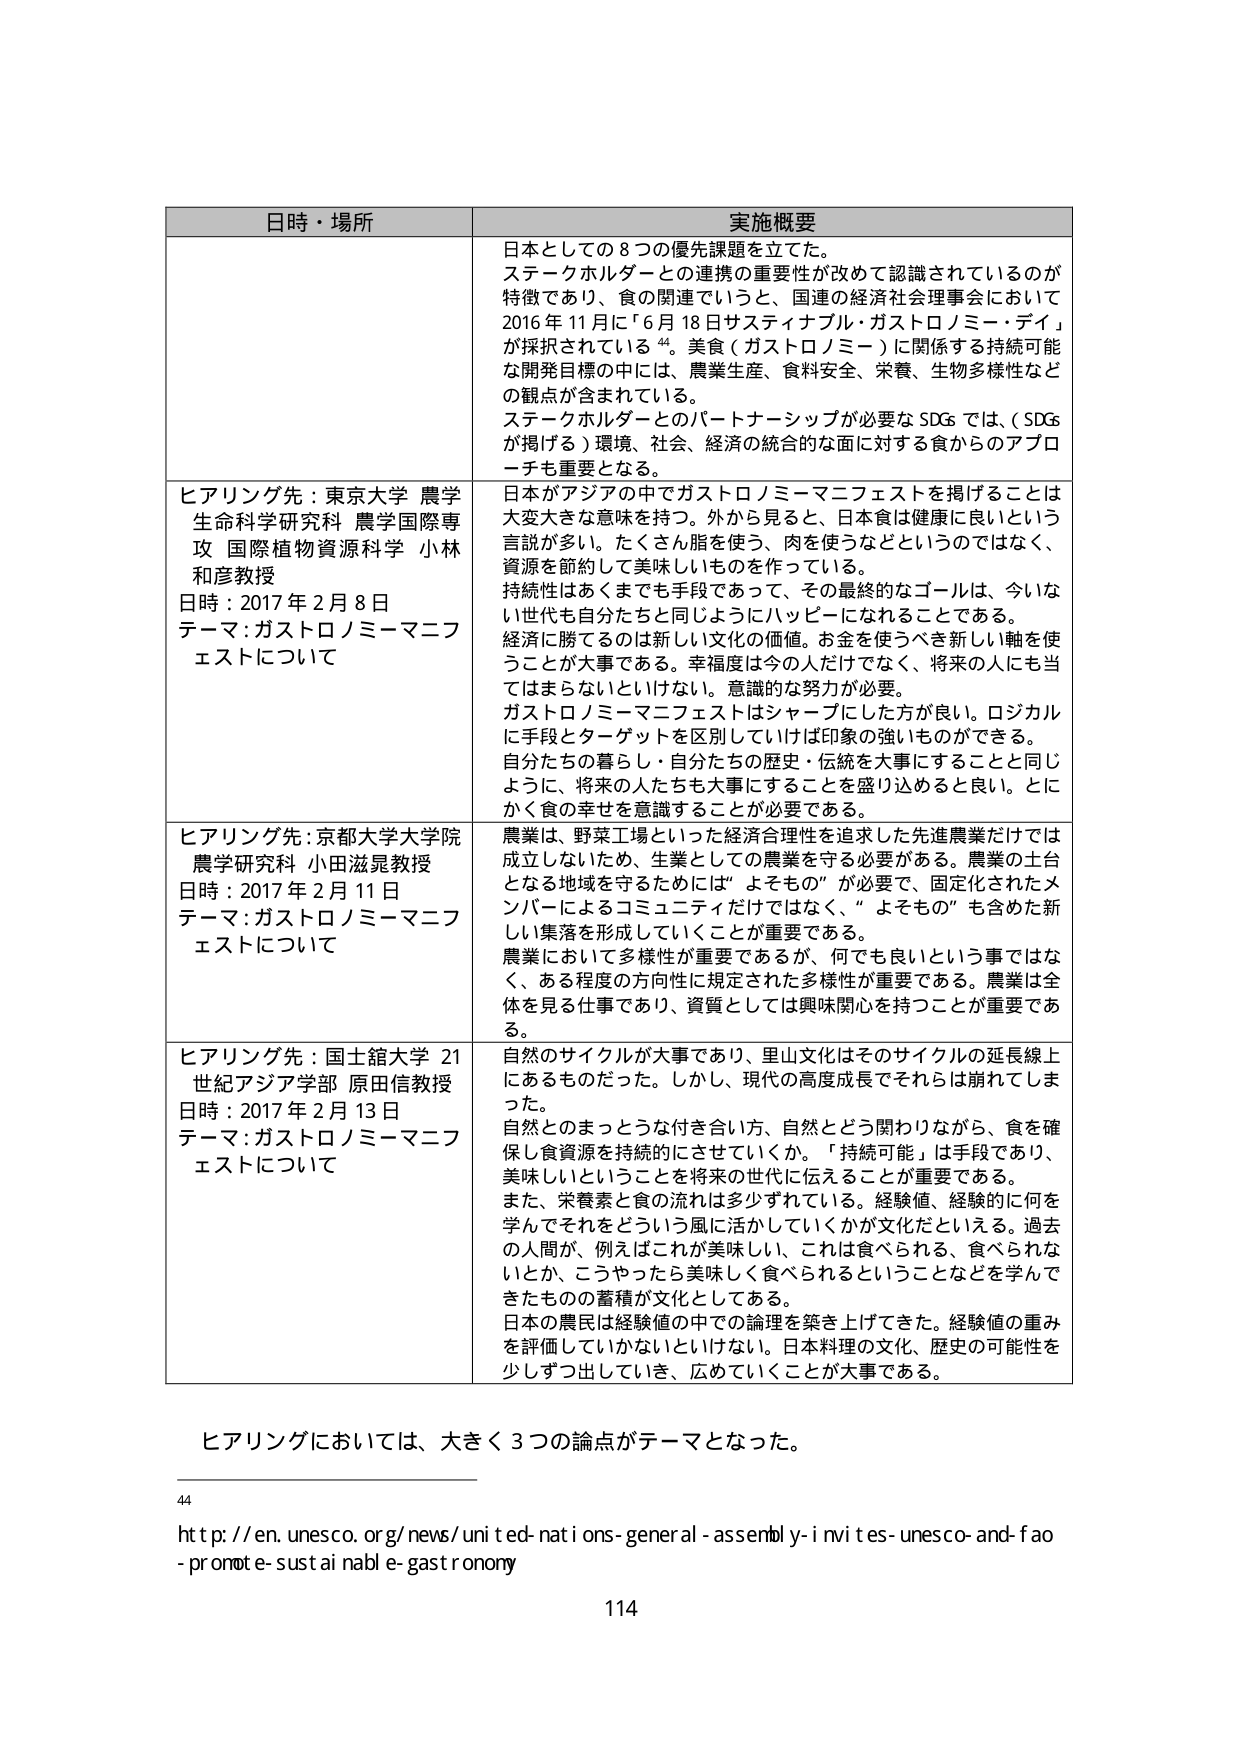
日時・場所 実施概要
日本としての８つの優先課題を立てた。
ステークホルダーとの連携の重要性が改めて認識されているのが
特徴であり、食の関連でいうと、国連の経済社会理事会において
2016 年 11 月に「6 月 18 日サスティナブル・ガストロノミー・デイ」
が採択されている⁴⁴。美食（ガストロノミー）に関係する持続可能
な開発目標の中には、農業生産、食料安全、栄養、生物多様性など
の観点が含まれている。
ステークホルダーとのパートナーシップが必要な SDGs では、（SDGs
が掲げる）環境、社会、経済の統合的な面に対する食からのアプロ
ーチも重要となる。

ヒアリング先：東京大学 農学
生命科学研究科 農学国際専
攻 国際植物資源科学 小林
和彦教授
日時：2017 年 2 月 8 日
テーマ：ガストロノミーマニフ
ェストについて
日本がアジアの中でガストロノミーマニフェストを掲げることは
大変大きな意味を持つ。外から見ると、日本食は健康に良いという
言説が多い。たくさん脂を使う、肉を使うなどというのではなく、
資源を節約して美味しいものを作っている。
持続性はあくまでも手段であって、その最終的なゴールは、今いな
い世代も自分たちと同じようにハッピーになれることである。
経済に勝てるのは新しい文化の価値。お金を使うべき新しい軸を使
うことが大事である。幸福度は今の人だけでなく、将来の人にも当
てはまらないといけない。意識的な努力が必要。
ガストロノミーマニフェストはシャープにした方が良い。ロジカル
に手段とターゲットを区別していれば印象の強いものができる。
自分たちの暮らし・自分たちの歴史・伝統を大事にすることと同じ
ように、将来の人たちも大事にすることを盛り込めると良い。とに
かく食の幸せを意識することが必要である。

ヒアリング先：京都大学大学院
農学研究科 小田滋晃教授
日時：2017 年 2 月 11 日
テーマ：ガストロノミーマニフ
ェストについて
農業は、野菜工場といった経済合理性を追求した先進農業だけでは
成立しないため、生業としての農業を守る必要がある。農業の土台
となる地域を守るためには「よそもの」が必要で、固定化されたメ
ンバーによるコミュニティだけではなく、「よそもの」も含めた新
しい集落を形成していくことが重要である。
農業において多様性が重要であるが、何でも良いという事ではな
く、ある程度の方向性に規定された多様性が重要である。農業は全
体を見る仕事であり、資質としては興味関心を持つことが重要であ
る。

ヒアリング先：国士舘大学 21
世紀アジア学部 原田信教教授
日時：2017 年 2 月 13 日
テーマ：ガストロノミーマニフ
ェストについて
自然のサイクルが大事であり、里山文化はそのサイクルの延長線上
にあるものだった。しかし、現代の高度成長でそれらは崩れてしま
った。
自然とのまっとうな付き合い方、自然とどう関わりながら、食を確
保し食資源を持続的にさせていくか。「持続可能」は手段であり、
美味しいということを将来の世代に伝えることが重要である。
また、栄養素と食の流れは多少ずれている。経験値、経験的に何を
学んでそれをどういう風に活かしていくかが文化だといえる。過去
の人間が、例えばこれが美味しい、これは食べられる、食べられな
いとか、こうやったら美味しく食べられるということなどを学んで
きたものの蓄積が文化としてある。
日本の農民は経験値の中での論理を築き上げてきた。経験値の重み
を評価していかないといけない。日本料理の文化、歴史の可能性を
少しずつ出していき、広めていくことが大事である。

ヒアリングにおいては、大きく３つの論点がテーマとなった。

⁴⁴
http://en.unesco.org/news/united-nations-general-assembly-invites-unesco-and-fao
-promote-sustainable-gastronomy

114